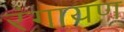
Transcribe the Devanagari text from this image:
रंगायण